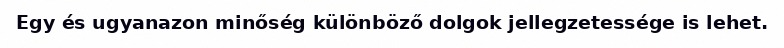
Egy és ugyanazon minőség különböző dolgok jellegzetessége is lehet.